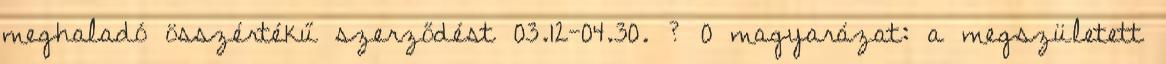
meghaladó összértékű szerződést 03.12-04.30. ? 0 magyarázat: a megszületett